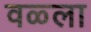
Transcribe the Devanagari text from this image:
वळ्ला